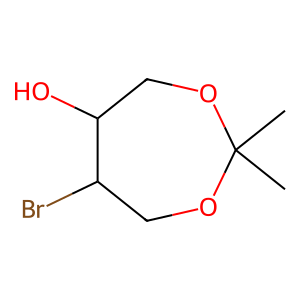
SMILES: CC1(C)OCC(O)C(Br)CO1
Inhibits HIV replication: No